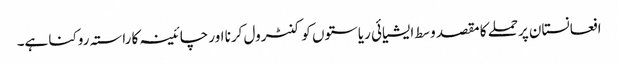
افعانستان پرحملے کا مقصد وسط ایشیائی ریاستوں کو کنٹرول کرنا اور چائینہ کا راستہ روکنا ہے۔